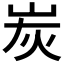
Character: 炭